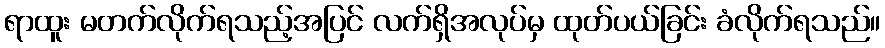
ရာထူး မတက်လိုက်ရသည့်အပြင် လက်ရှိအလုပ်မှ ထုတ်ပယ်ခြင်း ခံလိုက်ရသည်။